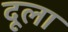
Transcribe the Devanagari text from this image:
दूला